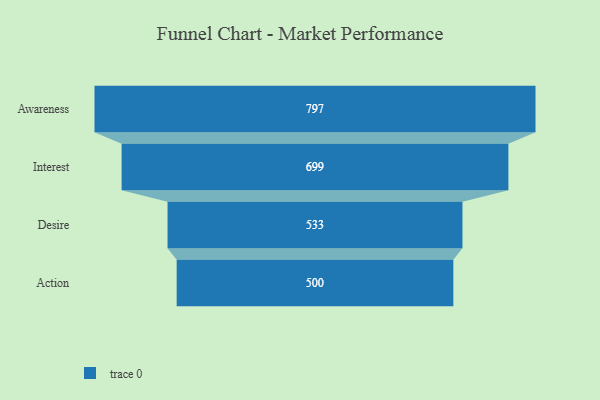
{"axis": {"x": "Stage", "y": "Value"}, "legend": [""], "data": [{"x": "Awareness", "y": 797.0, "type": ""}, {"x": "Interest", "y": 699.0, "type": ""}, {"x": "Desire", "y": 533.0, "type": ""}, {"x": "Action", "y": 500, "type": ""}]}